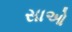
સાઓ